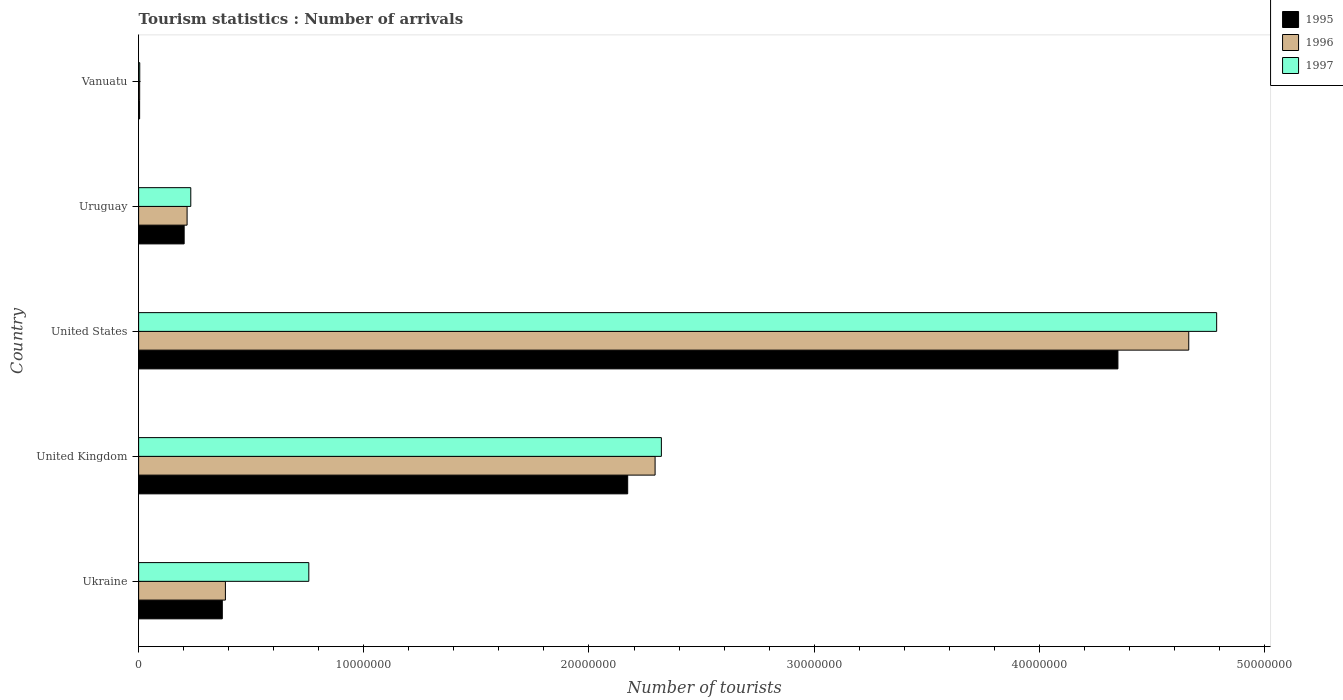
| Country | 1995 | 1996 | 1997 |
 | --- | --- | --- | --- |
 | Ukraine | 3.72e+06 | 3.85e+06 | 7.56e+06 |
 | United Kingdom | 2.17e+07 | 2.29e+07 | 2.32e+07 |
 | United States | 4.35e+07 | 4.66e+07 | 4.79e+07 |
 | Uruguay | 2.02e+06 | 2.15e+06 | 2.32e+06 |
 | Vanuatu | 4.4e+04 | 4.6e+04 | 5e+04 |